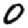
Digit: 0